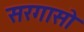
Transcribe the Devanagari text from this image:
सरगासो